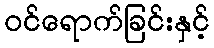
ဝင်ရောက်ခြင်းနှင့်